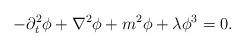
LaTeX: \begin{align*}-\partial_t^2\phi+\nabla^2\phi+m^2\phi+\lambda\phi^3=0.\end{align*}